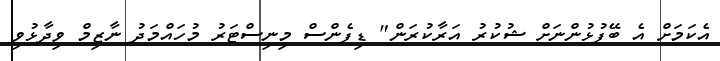
އެކަމަށް އެ ބޭފުޅުންނަށް ޝުކުރު އަރާކުރަން" ޑިފެންސް މިނިސްޓަރު މުހައްމަދު ނާޒިމް ވިދާޅުވި